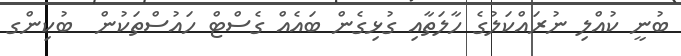
ބުނީ ކުއްލި ނުރައްކަލުގެ ހާލަތާއި ގުޅިގެން ބައެއް ގެސްޓް ހައުސްތަކުން  ބުކިންގ